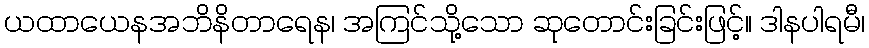
ယထာယေနအဘိနိတာရေန၊ အကြင်သို့သော ဆုတောင်းခြင်းဖြင့်။ ဒါနပါရမီ၊